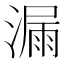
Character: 漏